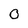
Character: 0